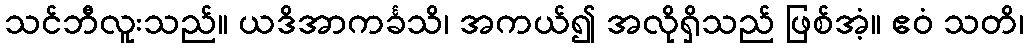
သင်ဘီလူးသည်။ ယဒိအာကင်္ခသိ၊ အကယ်၍ အလိုရှိသည် ဖြစ်အံ့။ ဧဝံ သတိ၊